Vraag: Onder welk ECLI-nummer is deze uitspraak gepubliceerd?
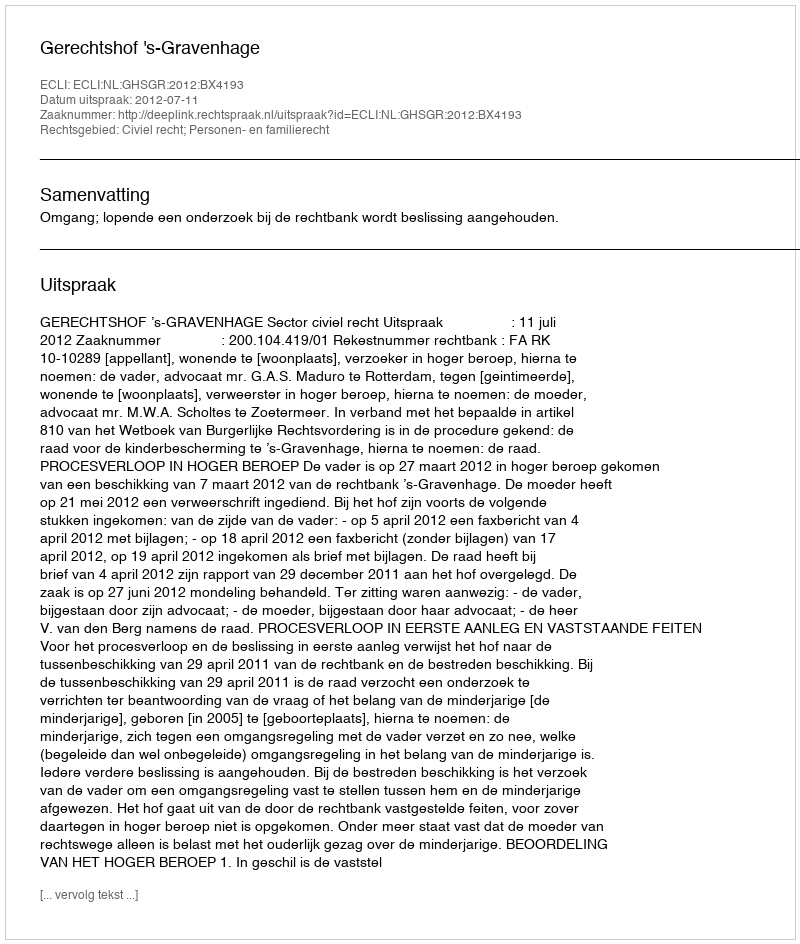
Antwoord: ECLI:NL:GHSGR:2012:BX4193